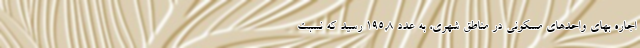
اجاره بهای واحدهای مسکونی در مناطق شهری، به عدد ١٩٥,٨ رسید که نسبت